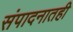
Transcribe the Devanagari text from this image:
संपादनातही